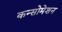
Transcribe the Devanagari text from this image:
कन्सोमेशन